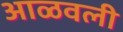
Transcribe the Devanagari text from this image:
आळवली